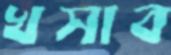
খসাব